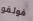
فولفو